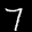
Label: 7